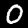
Digit: 0